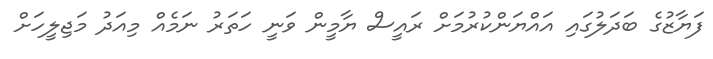
ފަޔާޒުގެ ބަދަލުގައި އައްޔަންކުރުމަށް ރައީސް ޔާމީން ވަނީ ހަތަރު ނަމެއް މިއަދު މަޖިލީހަށް